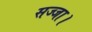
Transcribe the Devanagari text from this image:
सज्जा।